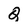
Character: Q